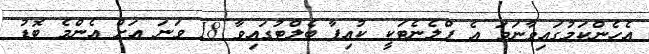
އެހެންކަމުގައިވާނަމަ އެ ޕްލެނެޓަކީ ކުއިޕާ ބެލްޓުގައިވާ 18 ވަނަ އަށް އެންމެ ބޮޑު